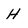
Character: H